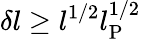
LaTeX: \delta l\ge l^{1/2}l_{\mathrm{P}}^{1/2}